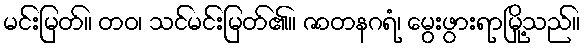
မင်းမြတ်။ တဝ၊ သင်မင်းမြတ်၏။ ဇာတနဂရံ၊ မွေးဖွားရာမြို့သည်။